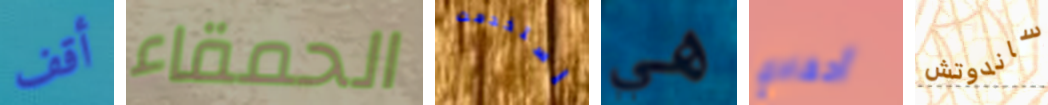
أقف الحمقاء إستخدمت هي أحفادي ساندوتش